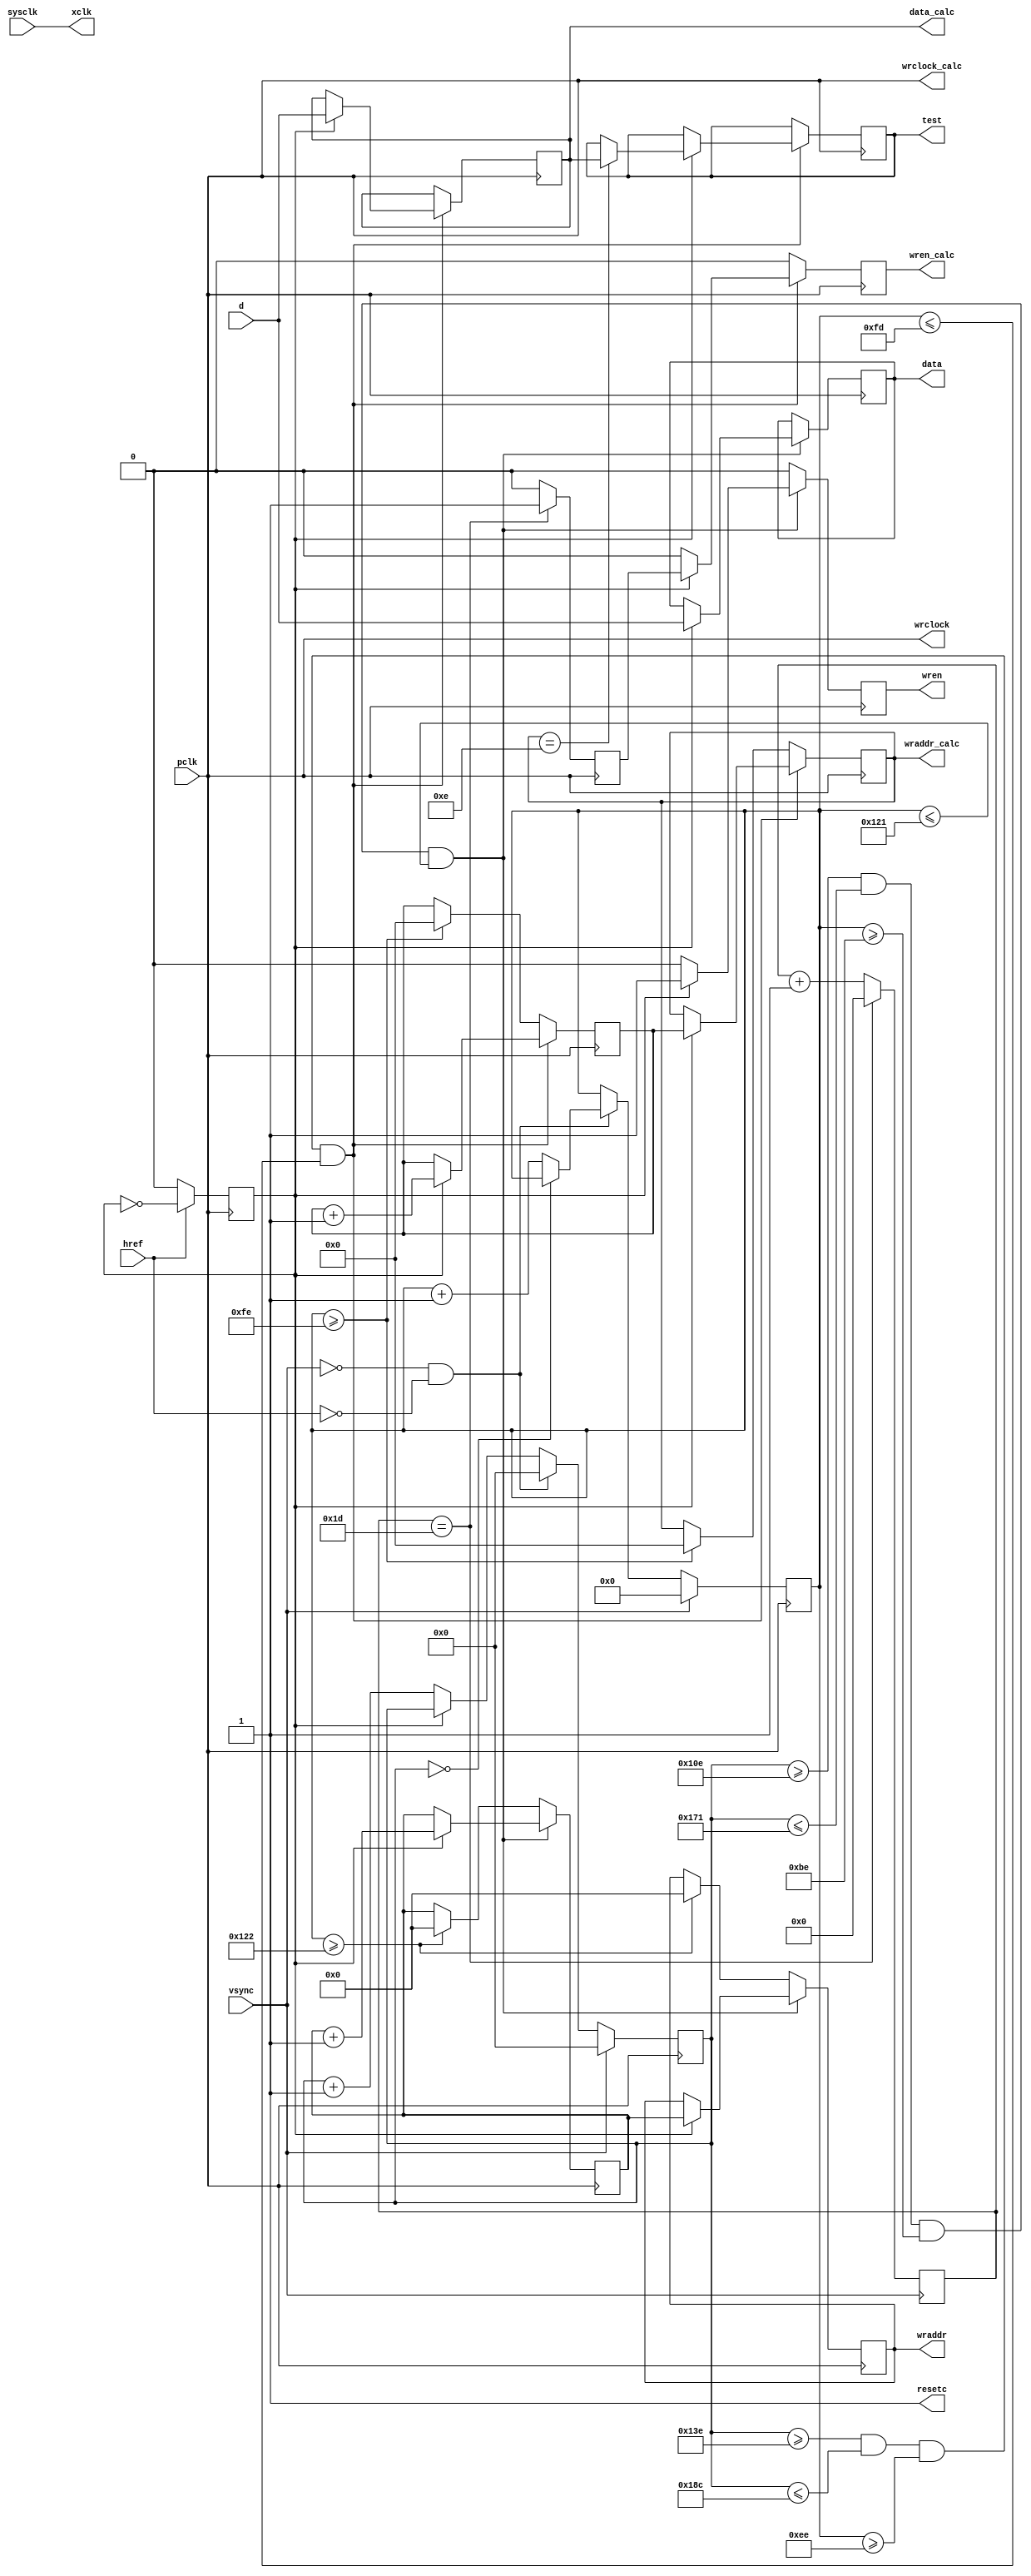
/* 
---------------------------------------------------------------------------------------------
--: 2016-06-06
--: EP2C20Q240C8
--: sysclk24MHz, pclk
--: 
--:
xclk: 
resetc: 
data: ()
wraddr: RAM
wrclock: RAM
wren: RAM
data_calc: ()
wraddr_calc: RAM
wrclock_calc: RAM
wren_calc: RAM
pclk: 
vsync: 
href: 
d: 
sysclk: , 24MHz
--: , RAM, VGA; , RAM, ()
--------------------------------------------------------------------------------------------- 
*/

module leftcam2ram(pclk, vsync, href, d, sysclk, xclk, resetc, data, wraddr, wrclock, wren, data_calc, wraddr_calc, wrclock_calc, wren_calc, test);
output wire xclk;
output wire resetc;
output reg [2:0] data;
output reg [15:0] wraddr;
output wire wrclock;
output reg wren;
output reg [2:0] data_calc;
output reg [10:0] wraddr_calc;
output wire wrclock_calc;
output reg wren_calc;
output reg [2:0] test;
input pclk;
input vsync;
input href;
input [2:0] d;
input sysclk;

reg [9:0] vector_x;
reg [8:0] vector_y;
reg [15:0] nextaddr;
reg [10:0] nextaddr_calc;
reg pixready;

reg [5:0] framenum;
reg pickframe;

assign xclk = sysclk;
assign wrclock = pclk;
assign wrclock_calc = pclk;
assign resetc = 1;

//always@(posedge pclk)
//begin
//	hpclk <= ~hpclk;
//end

always@(posedge vsync)
begin
	if (framenum == 29)
		framenum <= 0;
	else
		framenum <= framenum + 1;
end

always@(posedge pclk)
begin
	if (framenum == 29)
		pickframe <= 1;
	else
		pickframe <= 0;
end

always@(posedge pclk)
begin
	if (href == 1)
		pixready <= ~pixready;
	else
		pixready <= 0;
end

always@(posedge pclk)
begin
	if (vsync == 1)
	begin
		vector_x <= 0;
		vector_y <= 0;
	end
	else if (vsync == 0 && href == 0)
	begin
		if (vector_x == 0)
		begin
			vector_x <= 0;
			vector_y <= vector_y;
		end
		else
		begin
			vector_x <= 0;
			vector_y <= vector_y + 1;
		end
	end
	else
	begin
		if (pixready == 0)
		begin
			vector_x <= vector_x + 1;
			vector_y <= vector_y;
		end
		else
		begin
			vector_x <= vector_x;
			vector_y <= vector_y;
		end
	end
end

// Use for display buffer
always@(posedge pclk)
begin
	if (vector_x >= 270 && vector_x <= 369 && vector_y >= 190 && vector_y <= 289)
	begin
		if (pixready == 1)
		begin
			wraddr <= nextaddr;
			nextaddr <= nextaddr + 1;
//			if (vector_x >= 318 && vector_x <= 396 && vector_y >= 238 && vector_y <= 253)
//				begin
//				if (vector_x >= 343 && vector_x <= 344)
//				data <= 3'b111;
//				else
//				data <= 3'b000;
//				end
//			else
				data <= d;
//			else
//				if (d <= 3)
//					data <= 0;
//				else
//					data <= 7;
//			data <= d;
			// data <= vector_y[2:0];
			//wren <= 0;
			wren <= 1;
		end
		else
		begin
			wraddr <= wraddr;
			nextaddr <= nextaddr;
			data <= data;
			//data <= d;
			//wren <= 1;
			wren <= 0;
		end
	end
	else if (vector_y >= 290)
	begin
		wraddr <= 0;
		nextaddr <= 0;
		//data <= 3'b000;
		data <= data;
		wren <= 0;
	end
	else
	begin
		wraddr <= wraddr;
		nextaddr <= nextaddr;
		//data <= 3'b000;
		data <= data;
		wren <= 0;
	end
end

// Use for calculation buffer
always@(posedge pclk)
begin
	if (vector_x >= 318 && vector_x <= 396 && vector_y >= 238 && vector_y <= 253)
	begin
		if (pixready == 1)
		begin
			wraddr_calc <= nextaddr_calc;
			nextaddr_calc <= nextaddr_calc + 1;
//			if (vector_x >= 343 && vector_x <= 344)
//				data_calc <= 3'b111;
//			else
//				data_calc <= 3'b000;
			data_calc <= d;
//			if (d  <= 3)
//				data_calc <= 0;
//			else
//				data_calc <= 7;
			//data <= data;
			// data <= vector_y[2:0];
			//wren <= 0;
			if (wraddr_calc == 14)
				test <= data_calc;
			else
				test <= test;
			wren_calc <= 1 & pickframe;
		end
		else
		begin
			wraddr_calc <= wraddr_calc;
			nextaddr_calc <= nextaddr_calc;
			data_calc <= data_calc;
			//data <= d;
			//wren <= 1;
			wren_calc <= 0;
		end
	end
	else if (vector_y >= 254)
	begin
		wraddr_calc <= 0;
		nextaddr_calc <= 0;
		//data <= 3'b000;
		data_calc <= data_calc;
		wren_calc <= 0;
	end
	else
	begin
		wraddr_calc <= wraddr_calc;
		nextaddr_calc <= nextaddr_calc;
		//data <= 3'b000;
		data_calc <= data_calc;
		wren_calc <= 0;
	end
end

endmodule